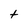
Character: t